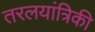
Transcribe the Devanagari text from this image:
तरलयांत्रिकी